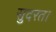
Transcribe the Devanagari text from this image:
सुदरता